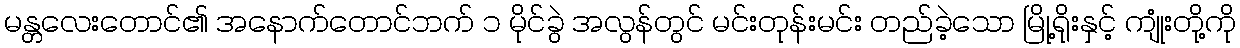
မန္တလေးတောင်၏ အနောက်တောင်ဘက် ၁ မိုင်ခွဲ အလွန်တွင် မင်းတုန်းမင်း တည်ခဲ့သော မြို့ရိုးနှင့် ကျုံးတို့ကို